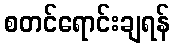
စတင်ရောင်းချရန်